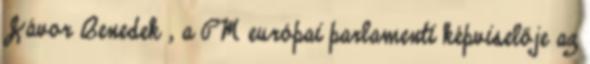
Jávor Benedek , a PM európai parlamenti képviselője az